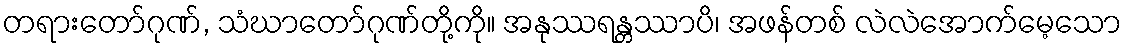
တရားတော်ဂုဏ်, သံဃာတော်ဂုဏ်တို့ကို။ အနုဿရန္တဿာပိ၊ အဖန်တစ် လဲလဲအောက်မေ့သော